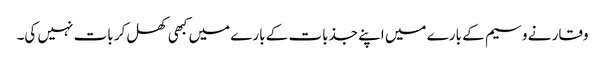
وقار نے وسیم کے بارے میں اپنے جذبات کے بارے میں کبھی کھل کر بات نہیں کی۔